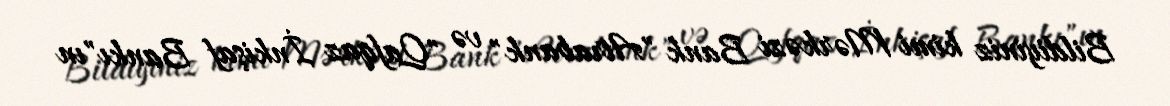
Bildiyiniz kimi Mərkəzi Bank "Atrabank" və "Qafqaz İnkişaf Bankı"ın